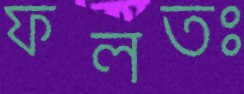
ফলতঃ